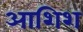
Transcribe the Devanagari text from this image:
आशिश